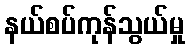
နယ်စပ်ကုန်သွယ်မှု